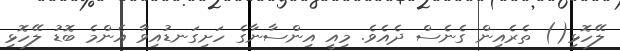
ލޭހޮޅި() ތެރެއިން ގެނެސް ދެއެވެ. މިއީ އިންސާނާގެ ހަށިގަނޑުއިވާ އެންމެ ބޮޑު ލޭހޮޅި